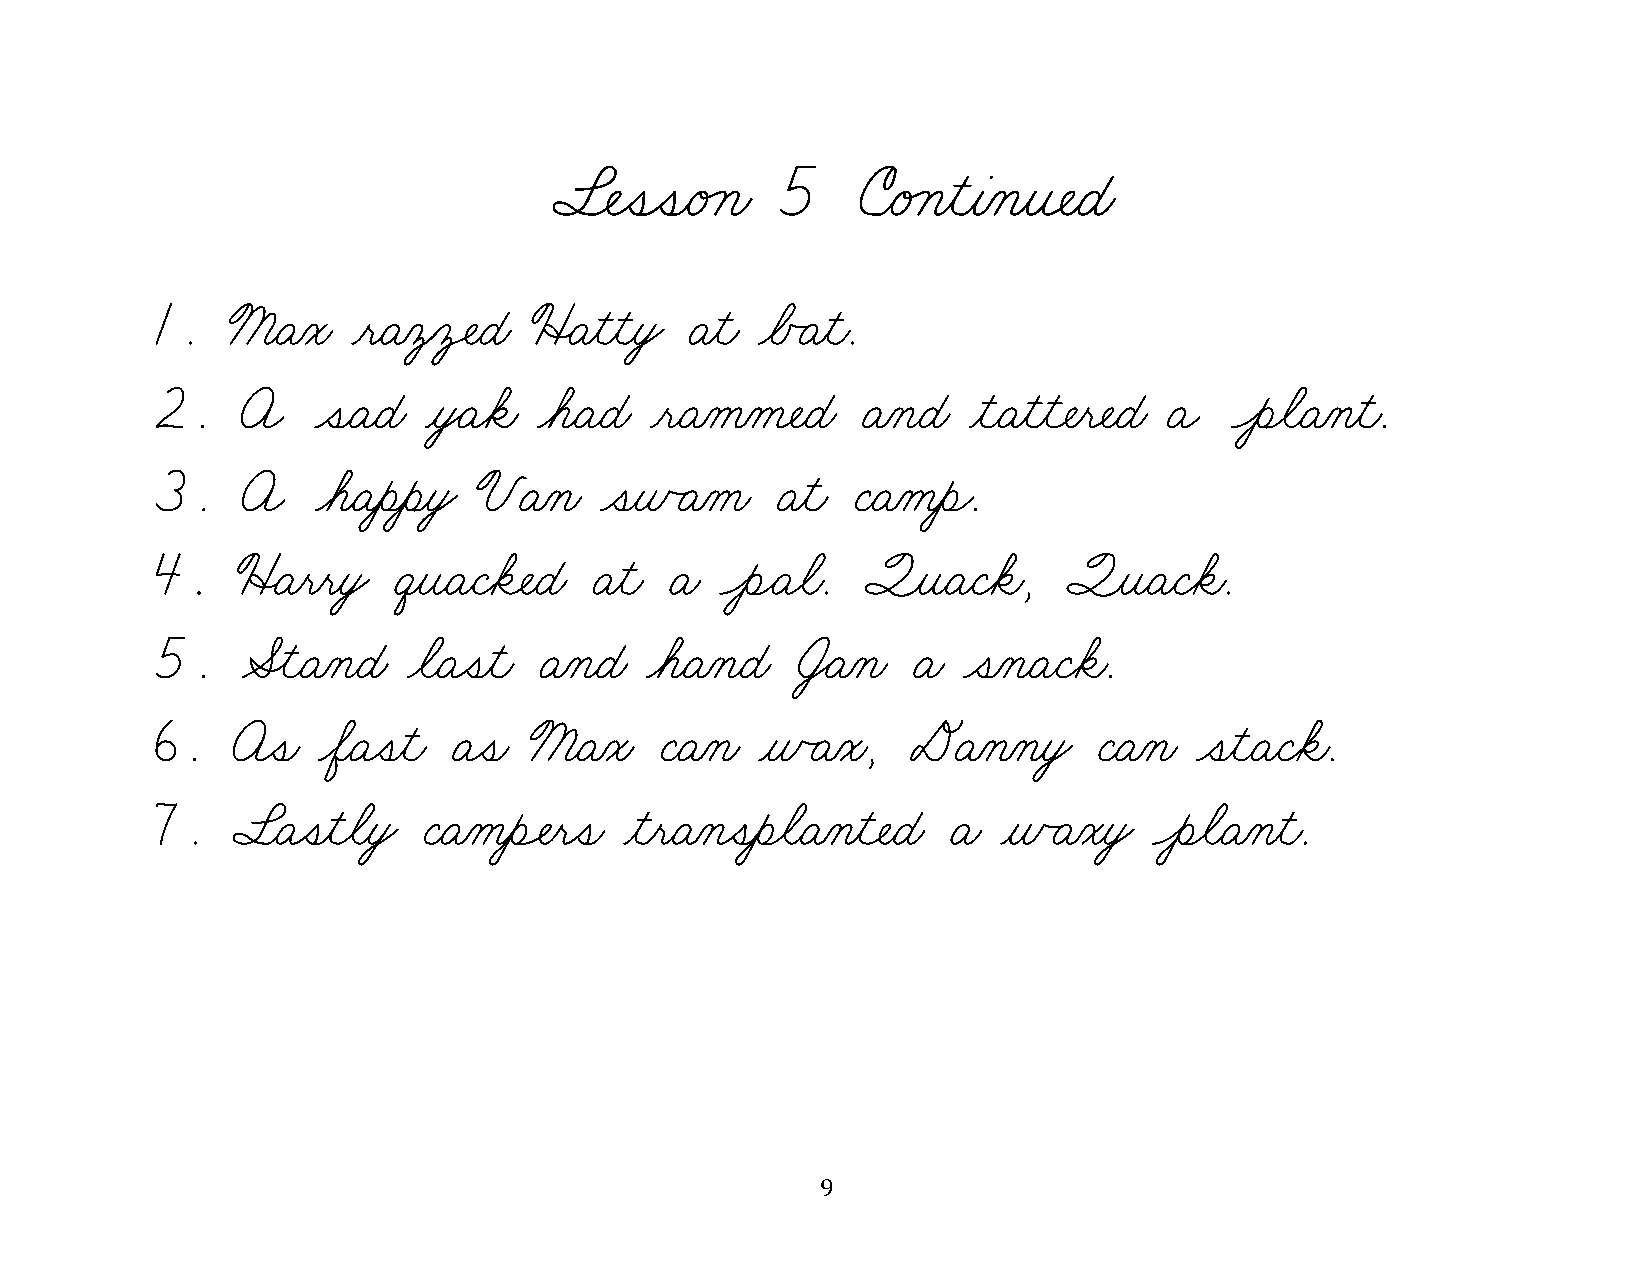
§¬ÑˆíˆíæéÁçæ  5     úæéÁçƒìƒàÀçƒî¬ÑæÉæ
 1.   ßæÄÀóæ  ƒëæÄÀô‚ô‡ÑæÉæ üËÄƒìƒìƒòŸ Äƒìæ øÅÃÄƒìæ.
 2.    A    ˆíæÄæÉæ ƒòŸÄøäæ øáæÄæÉæ ƒëæÄÀåÀå¬ÑæÉæ ÄÀçæÉæ ƒìæÄƒìƒì¬Ñƒë¬ÑæÉæ a ÔèøãæÄÀçƒìæ.
 3.    A    øáæÄƒèƒèƒòŸ VÄÀçæ  ˆíƒñÃÄÀåæ  Äƒìæ ÇæÄÀåƒèÌ.
 4.    üËÄƒëƒëƒòŸ êƒîæÄæÇøä¬ÑæÉæ Äƒìæ Äæ ÔèÌÄøãæ. ´ƒîæÄæÇøäæ, ´ƒîæÄæÇøäæ.
 5.    ÆÎìæÄÀçæÉæ øãæÄˆíƒìæ ÄÀçæÉæ øáæÄÀçæÉæ †ŸÄÀçæ Äæ ˆíÀçæÄæÇøäæ.
 6.   öˆíæ  øÖæÄˆíƒìæ Äˆíæ ßæÄÀóæ ÇæÄÀçæ ƒñÃÄÀóæ,  DÄÀçÀçƒòŸ   ÇæÄÀçæ ˆíƒìæÄæÇøäæ.
 7.   §æÄˆíƒìøãƒòŸ ÇæÄÀåƒèÓÑƒëˆíæ ƒìƒëæÄÀçˆíƒèøãæÄÀçƒì¬ÑæÉæ Äæ ƒñÃÄÀóƒòŸ ÔèøãæÄÀçƒìæ.
 9